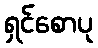
ရှင်စောပု